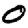
Digit: 0